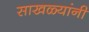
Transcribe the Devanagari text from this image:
साखळ्यांनी